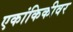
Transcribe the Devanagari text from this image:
एकांकिकीवर